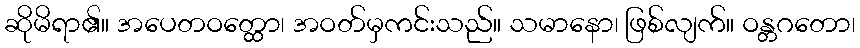
ဆိုမိရာ၏။ အပေတဝတ္ထော၊ အဝတ်မှကင်းသည်။ သမာနော၊ ဖြစ်လျက်။ ဝန္တဂတော၊